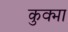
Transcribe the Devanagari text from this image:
कुक्मा